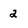
Character: 2